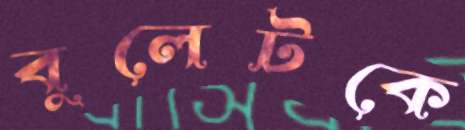
বুলেটকে